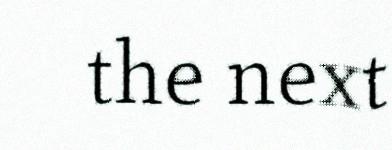
the next